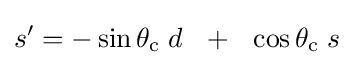
s'=-\sin {\theta _{\mathrm {c} }}\;d~~+~~\cos {\theta _{\mathrm {c} }}\;s~